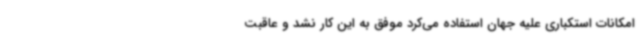
امکانات استکباری علیه جهان استفاده می‌کرد موفق به این کار نشد و عاقبت